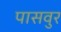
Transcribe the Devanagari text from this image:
पासवुर